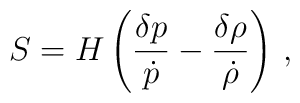
S = H \left( {\delta p \over \dot{p}} - {\delta\rho \over\dot\rho} \right) \,,